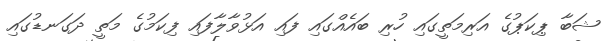
ޝަބާ ޕިކަޕުގެ އަރިމަތީގައި ހުރި ބައެއްގައި ފައި އަޅުވާލާފައި ފިކަމުގެ މަތީ ދަގަނޑުގައި